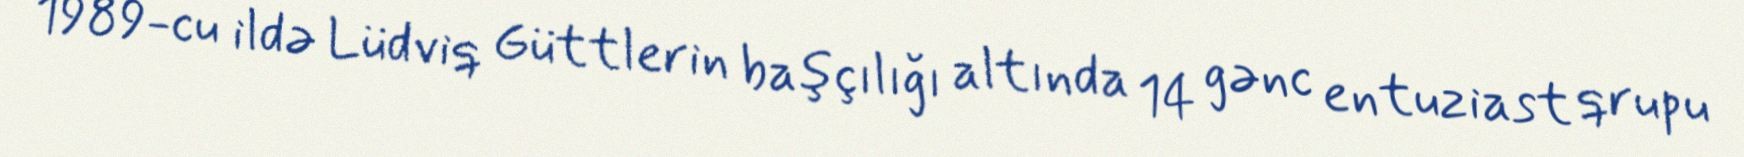
1989-cu ildə Lüdviq Güttlerin başçılığı altında 14 gənc entuziast qrupu